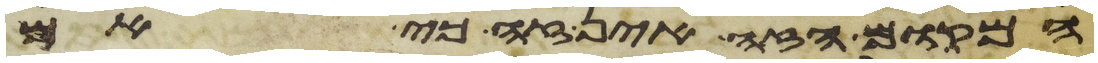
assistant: המקום הזה אין זה כי אם